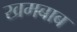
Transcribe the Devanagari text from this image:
खमबाब